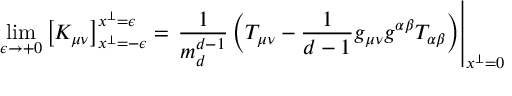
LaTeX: \operatorname * { l i m } _ { \epsilon \to + 0 } \left[ K _ { \mu \nu } \right] _ { x ^ { \perp } = - \epsilon } ^ { x ^ { \perp } = \epsilon } = \left. \frac { 1 } { m _ { d } ^ { d - 1 } } \left( T _ { \mu \nu } - \frac { 1 } { d - 1 } g _ { \mu \nu } g ^ { \alpha \beta } T _ { \alpha \beta } \right) \right| _ { x ^ { \perp } = 0 }